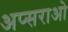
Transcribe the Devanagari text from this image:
अप्सराओ